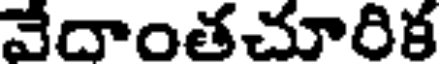
వేదాంతచూరిక